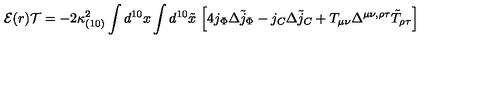
{ \cal E } ( r ) { \cal T } = - 2 \kappa _ { ( 1 0 ) } ^ { 2 } \int d ^ { 1 0 } x \int d ^ { 1 0 } { \tilde { x } } \ \Bigl [ 4 j _ { \Phi } \Delta { \tilde { j } _ { \Phi } } - j _ { C } \Delta { \tilde { j } _ { C } } + T _ { \mu \nu } \Delta ^ { \mu \nu , \rho \tau } { \tilde { T } } _ { \rho \tau } \Bigr ]